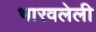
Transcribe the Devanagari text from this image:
भारवलेली